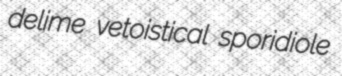
delime vetoistical sporidiole